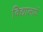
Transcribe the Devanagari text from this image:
विद्यालायें